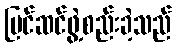
ပြင်ဆင်ဖွဲ့စည်းခဲ့သည်